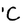
Character: C